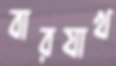
বারযাখ